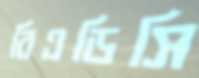
বিএডিসি